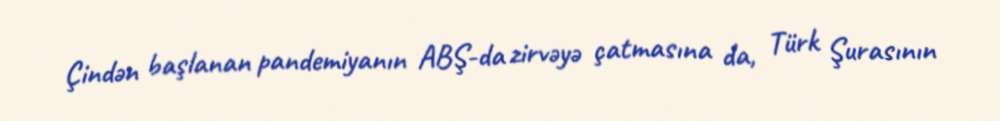
Çindən başlanan pandemiyanın ABŞ-da zirvəyə çatmasına da, Türk Şurasının